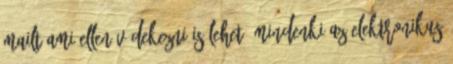
mailt ami ellen védekezni is lehet. Mindenki az elektronikus